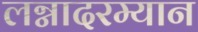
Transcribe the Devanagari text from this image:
लग्नादरम्यान